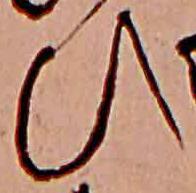
ひ